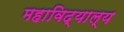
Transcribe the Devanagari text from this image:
महाविद्याल्य